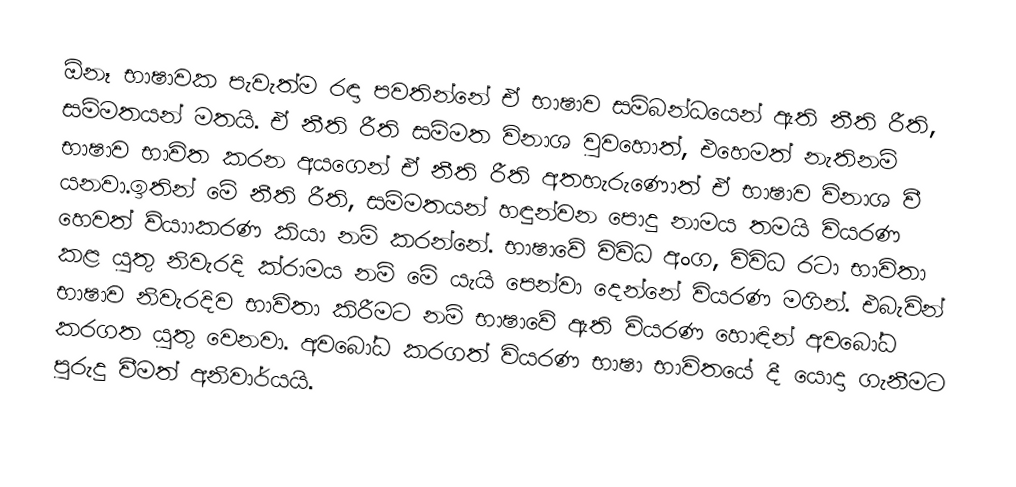
ඕනෑ භාෂාවක පැවැත්ම රඳා පවතින්නේ ඒ භාෂාව සම්බන්ධයෙන් ඇති නීති රීති, සම්මතයන් මතයි. ඒ නීති රීති සම්මත විනාශ වුවහොත්, එහෙමත් නැතිනම් භාෂාව භාවිත කරන අයගෙන් ඒ නීති රීති අතහැරුණොත් ඒ භාෂාව විනාශ වී යනවා.ඉතින් මේ නීති රීති, සම්මතයන් හඳුන්වන පොදු නාමය තමයි වියරණ හෙවත් ව්යාාකරණ කියා නම් කරන්නේ. භාෂාවේ විවිධ අංග, විවිධ රටා භාවිතා කළ යුතු නිවැරදි ක්රාමය නම් මේ යැයි පෙන්වා දෙන්නේ වියරණ මගින්. එබැවින් භාෂාව  නිවැරදිව භාවිතා  කිරීමට නම් භාෂාවේ ඇති වියරණ හොඳින් අවබෝධ කරගත යුතු වෙනවා. අවබෝධ කරගත් වියරණ භාෂා භාවිතයේ දී යොදා ගැනීමට පුරුදු වීමත් අනිවාර්යයි.